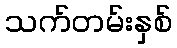
သက်တမ်းနှစ်